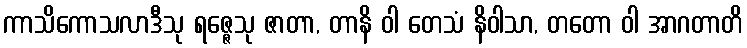
ကာသိကောသလာဒီသု ရဇ္ဇေသု ဇာတာ, တာနိ ဝါ တေသံ နိဝါသာ, တတော ဝါ အာဂတာတိ